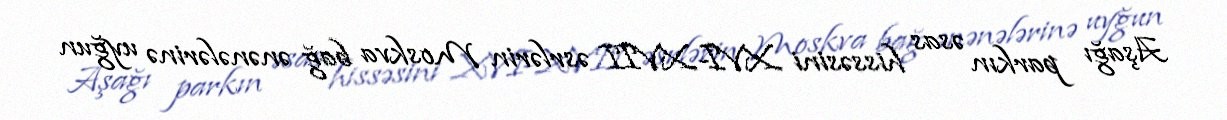
Aşağı parkın əsas hissəsini XVI-XVII əsrlərin Moskva bağ ənənələrinə uyğun